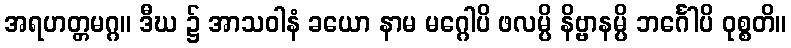
အရဟတ္တမဂ္ဂ။ ဒီဃ ၌ အာသဝါနံ ခယော နာမ မဂ္ဂေါပိ ဖလမ္ပိ နိဗ္ဗာနမ္ပိ ဘင်္ဂေါပိ ဝုစ္စတိ။